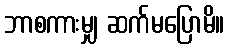
ဘာစကားမျှ ဆက်မပြောမိ။